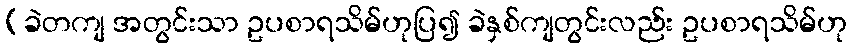
(ခဲတကျ အတွင်းသာ ဥပစာရသိမ်ဟုပြ၍ ခဲနှစ်ကျတွင်းလည်း ဥပစာရသိမ်ဟု